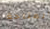
المتاحة